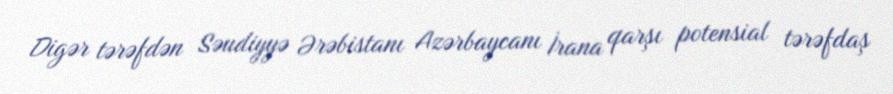
Digər tərəfdən Səudiyyə Ərəbistanı Azərbaycanı İrana qarşı potensial tərəfdaş